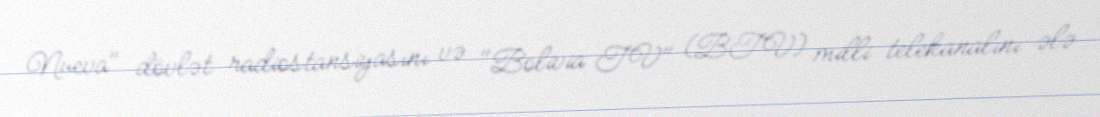
Nueva" dövlət radiostansiyasını və "Bolivia TV" (BTV) milli telekanalını ələ